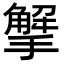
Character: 𢵠